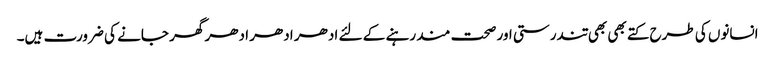
انسانوں کی طرح کتے بھی بھی تندرستی اور صحت مند رہنے کے لئے ادھر ادھر ادھر گھر جانے کی ضرورت ہیں۔